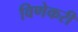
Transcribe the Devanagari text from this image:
विणेकरी